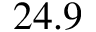
2 4 . 9